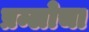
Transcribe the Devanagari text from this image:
प्रम्लोचा